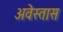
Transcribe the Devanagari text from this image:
अवेस्तास